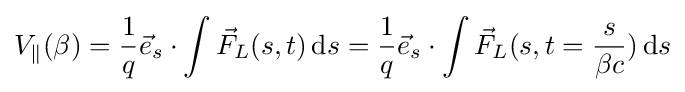
V_{\parallel }(\beta )={\frac {1}{q}}{\vec {e}}_{s}\cdot \int {\vec {F}}_{L}(s,t)\,\mathrm {d} s={\frac {1}{q}}{\vec {e}}_{s}\cdot \int {\vec {F}}_{L}(s,t={\frac {s}{\beta c}})\,\mathrm {d} s